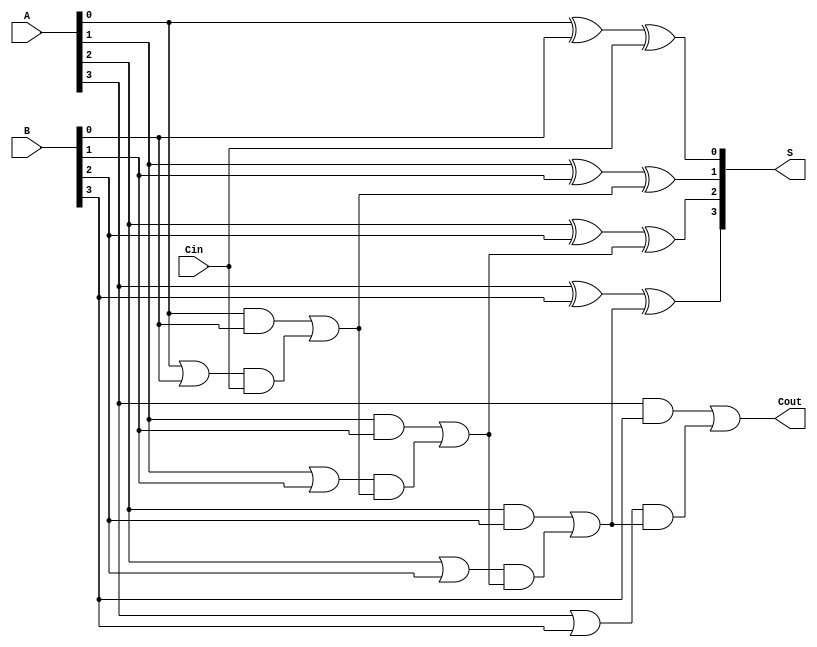
module CarryLookaheadAdder (
    input [3:0] A,     // 4-bit input A
    input [3:0] B,     // 4-bit input B
    input Cin,         // Carry input
    output [3:0] S,    // 4-bit sum output
    output Cout        // Carry output
);

    // Generate (G) and Propagate (P) signals
    wire [3:0] G;      // Generate signals
    wire [3:0] P;      // Propagate signals
    wire [3:0] C;      // Carry signals

    // Generate and Propagate calculations
    assign G[0] = A[0] & B[0];
    assign P[0] = A[0] | B[0];
    
    assign G[1] = A[1] & B[1];
    assign P[1] = A[1] | B[1];
    
    assign G[2] = A[2] & B[2];
    assign P[2] = A[2] | B[2];
    
    assign G[3] = A[3] & B[3];
    assign P[3] = A[3] | B[3];
    
    // Carry signal calculations
    assign C[0] = G[0] | (P[0] & Cin);
    assign C[1] = G[1] | (P[1] & C[0]);
    assign C[2] = G[2] | (P[2] & C[1]);
    assign C[3] = G[3] | (P[3] & C[2]);

    // Carry output
    assign Cout = C[3];

    // Sum calculations
    assign S[0] = A[0] ^ B[0] ^ Cin;
    assign S[1] = A[1] ^ B[1] ^ C[0];
    assign S[2] = A[2] ^ B[2] ^ C[1];
    assign S[3] = A[3] ^ B[3] ^ C[2];

endmodule